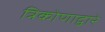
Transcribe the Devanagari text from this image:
त्रिकोणाद्वारे